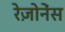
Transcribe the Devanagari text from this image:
रेज़ोनेंस